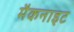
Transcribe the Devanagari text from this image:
मैकनाइट